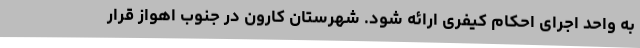
به واحد اجرای احکام کیفری ارائه شود. شهرستان کارون در جنوب اهواز قرار